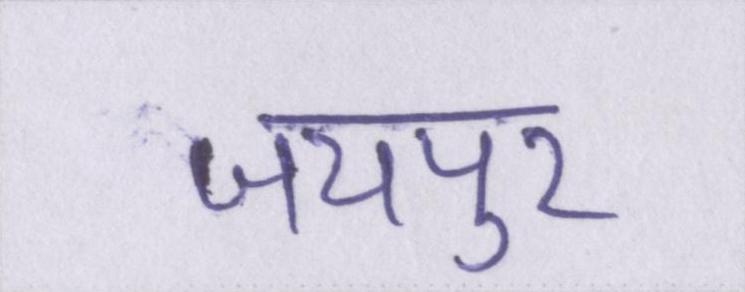
जयपुर